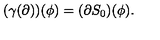
( \gamma ( \partial ) ) ( \phi ) = ( \partial S _ { 0 } ) ( \phi ) .